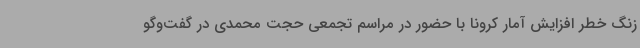
زنگ خطر افزایش آمار کرونا با حضور در مراسم تجمعی حجت محمدی در گفت‌وگو